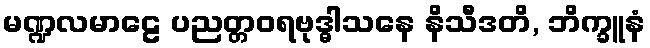
မဏ္ဍလမာဠေ ပညတ္တဝရဗုဒ္ဓါသနေ နိသီဒတိ, ဘိက္ခူနံ